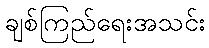
ချစ်ကြည်ရေးအသင်း